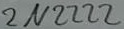
Text: 2N2222